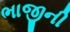
ભાજીની